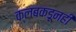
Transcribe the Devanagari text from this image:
क्लबकडूनही